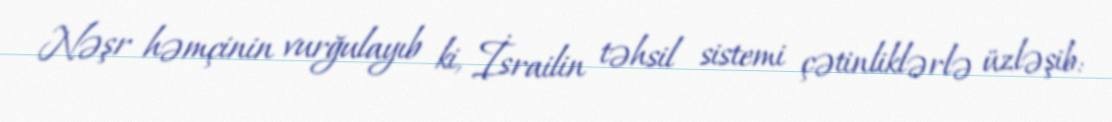
Nəşr həmçinin vurğulayıb ki, İsrailin təhsil sistemi çətinliklərlə üzləşib: